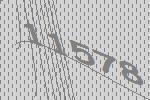
11578